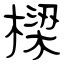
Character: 樑